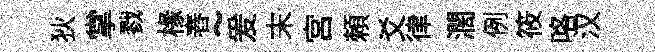
狄掌戮椽舂~爰末宫頼爻律濶例筱咯汉